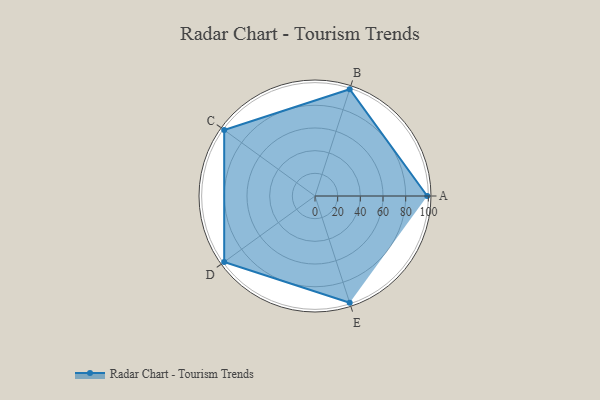
{"axis": {"x": "Skill", "y": "Score"}, "legend": ["Profile"], "data": [{"x": "A", "y": 99, "type": "Profile"}, {"x": "B", "y": 99, "type": "Profile"}, {"x": "C", "y": 99, "type": "Profile"}, {"x": "D", "y": 99, "type": "Profile"}, {"x": "E", "y": 99, "type": "Profile"}]}